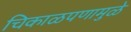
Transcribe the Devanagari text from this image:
चिकाळपणामुळे